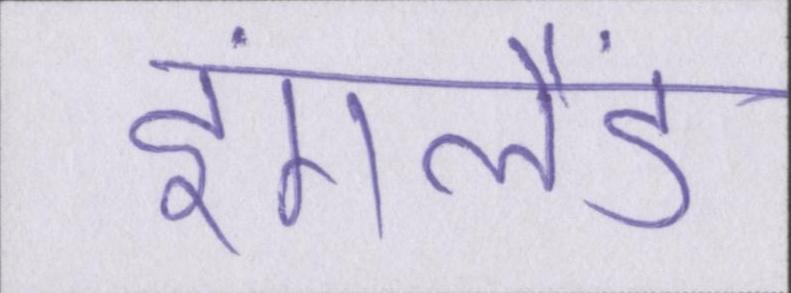
इंगलैंड